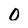
Character: 0